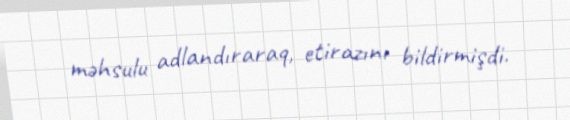
məhsulu adlandıraraq, etirazını bildirmişdi.